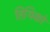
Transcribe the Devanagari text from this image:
तिथिको